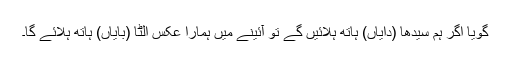
گویا اگر ہم سیدھا (دایاں) ہاتھ ہلائیں گے تو آئینے میں ہمارا عکس اُلٹا (بایاں) ہاتھ ہلائے گا۔